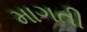
માગતી